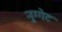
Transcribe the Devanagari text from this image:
नुग्गेट